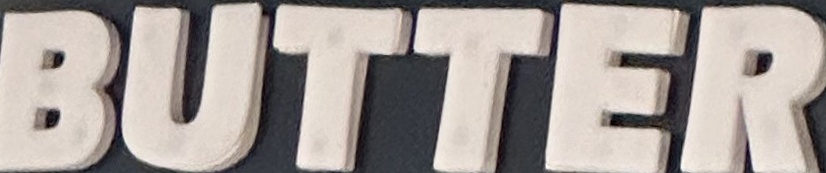
BUTTER